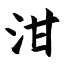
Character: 泔